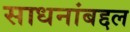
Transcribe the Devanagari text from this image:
साधनांबद्दल